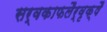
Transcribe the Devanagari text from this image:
सर्वकाफलैर्वृक्षै